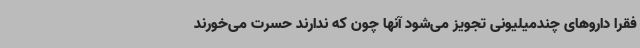
فقرا داروهای چندمیلیونی تجویز می‌شود آنها چون که ندارند حسرت می‌خورند